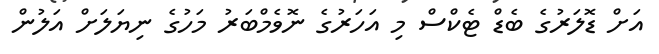
އަށް ޑޮލަރުގެ ބެޑް ޓެކްސް މި އަހަރުގެ ނޮވެމްބަރު މަހުގެ ނިޔަލަށް އަލުން